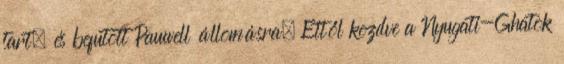
tart, és befutott Pauwell állomásra. Ettől kezdve a Nyugati-Ghatok